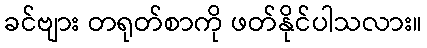
ခင်ဗျား တရုတ်စာကို ဖတ်နိုင်ပါသလား။